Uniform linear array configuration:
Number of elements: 32
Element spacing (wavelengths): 1
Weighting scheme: kaiser
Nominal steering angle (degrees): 0
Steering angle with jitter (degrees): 1.752
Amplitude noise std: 0.05
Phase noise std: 0.05

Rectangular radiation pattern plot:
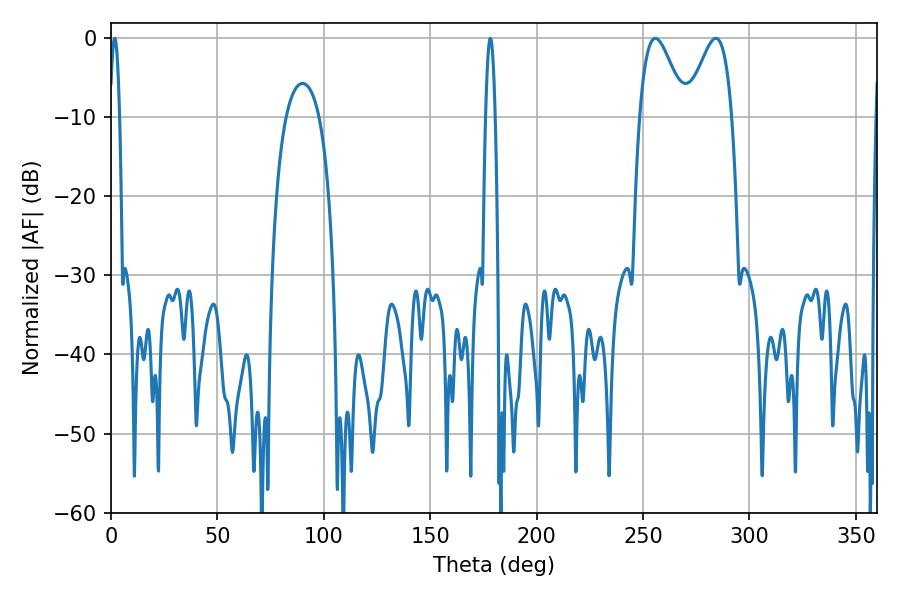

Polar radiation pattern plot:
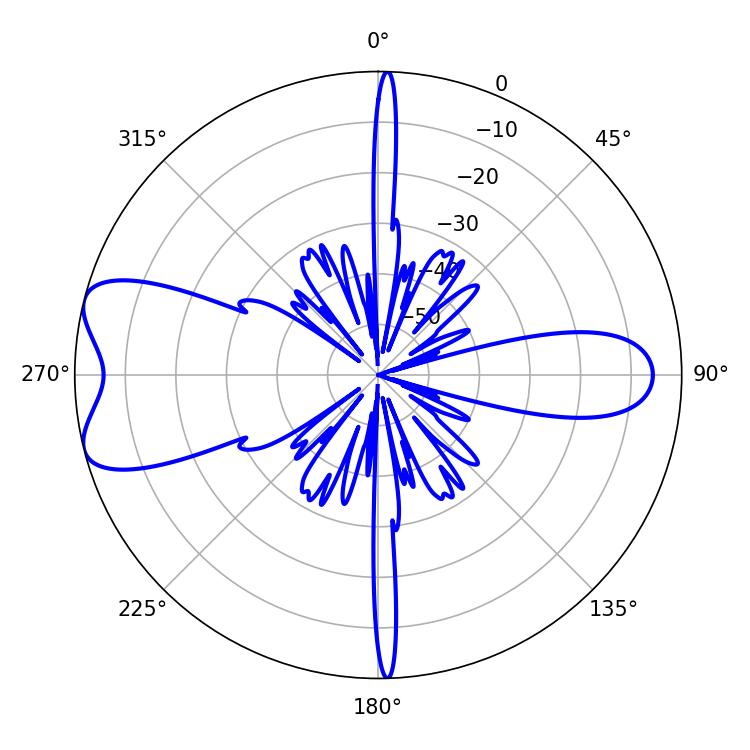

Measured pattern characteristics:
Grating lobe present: TRUE
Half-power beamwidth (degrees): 11.34
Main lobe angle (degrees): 284.22